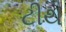
ટીથ